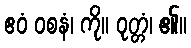
ဧဝံ ဝစနံ၊ ကို။ ဝုတ္တံ၊ ၏။